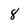
Character: 8